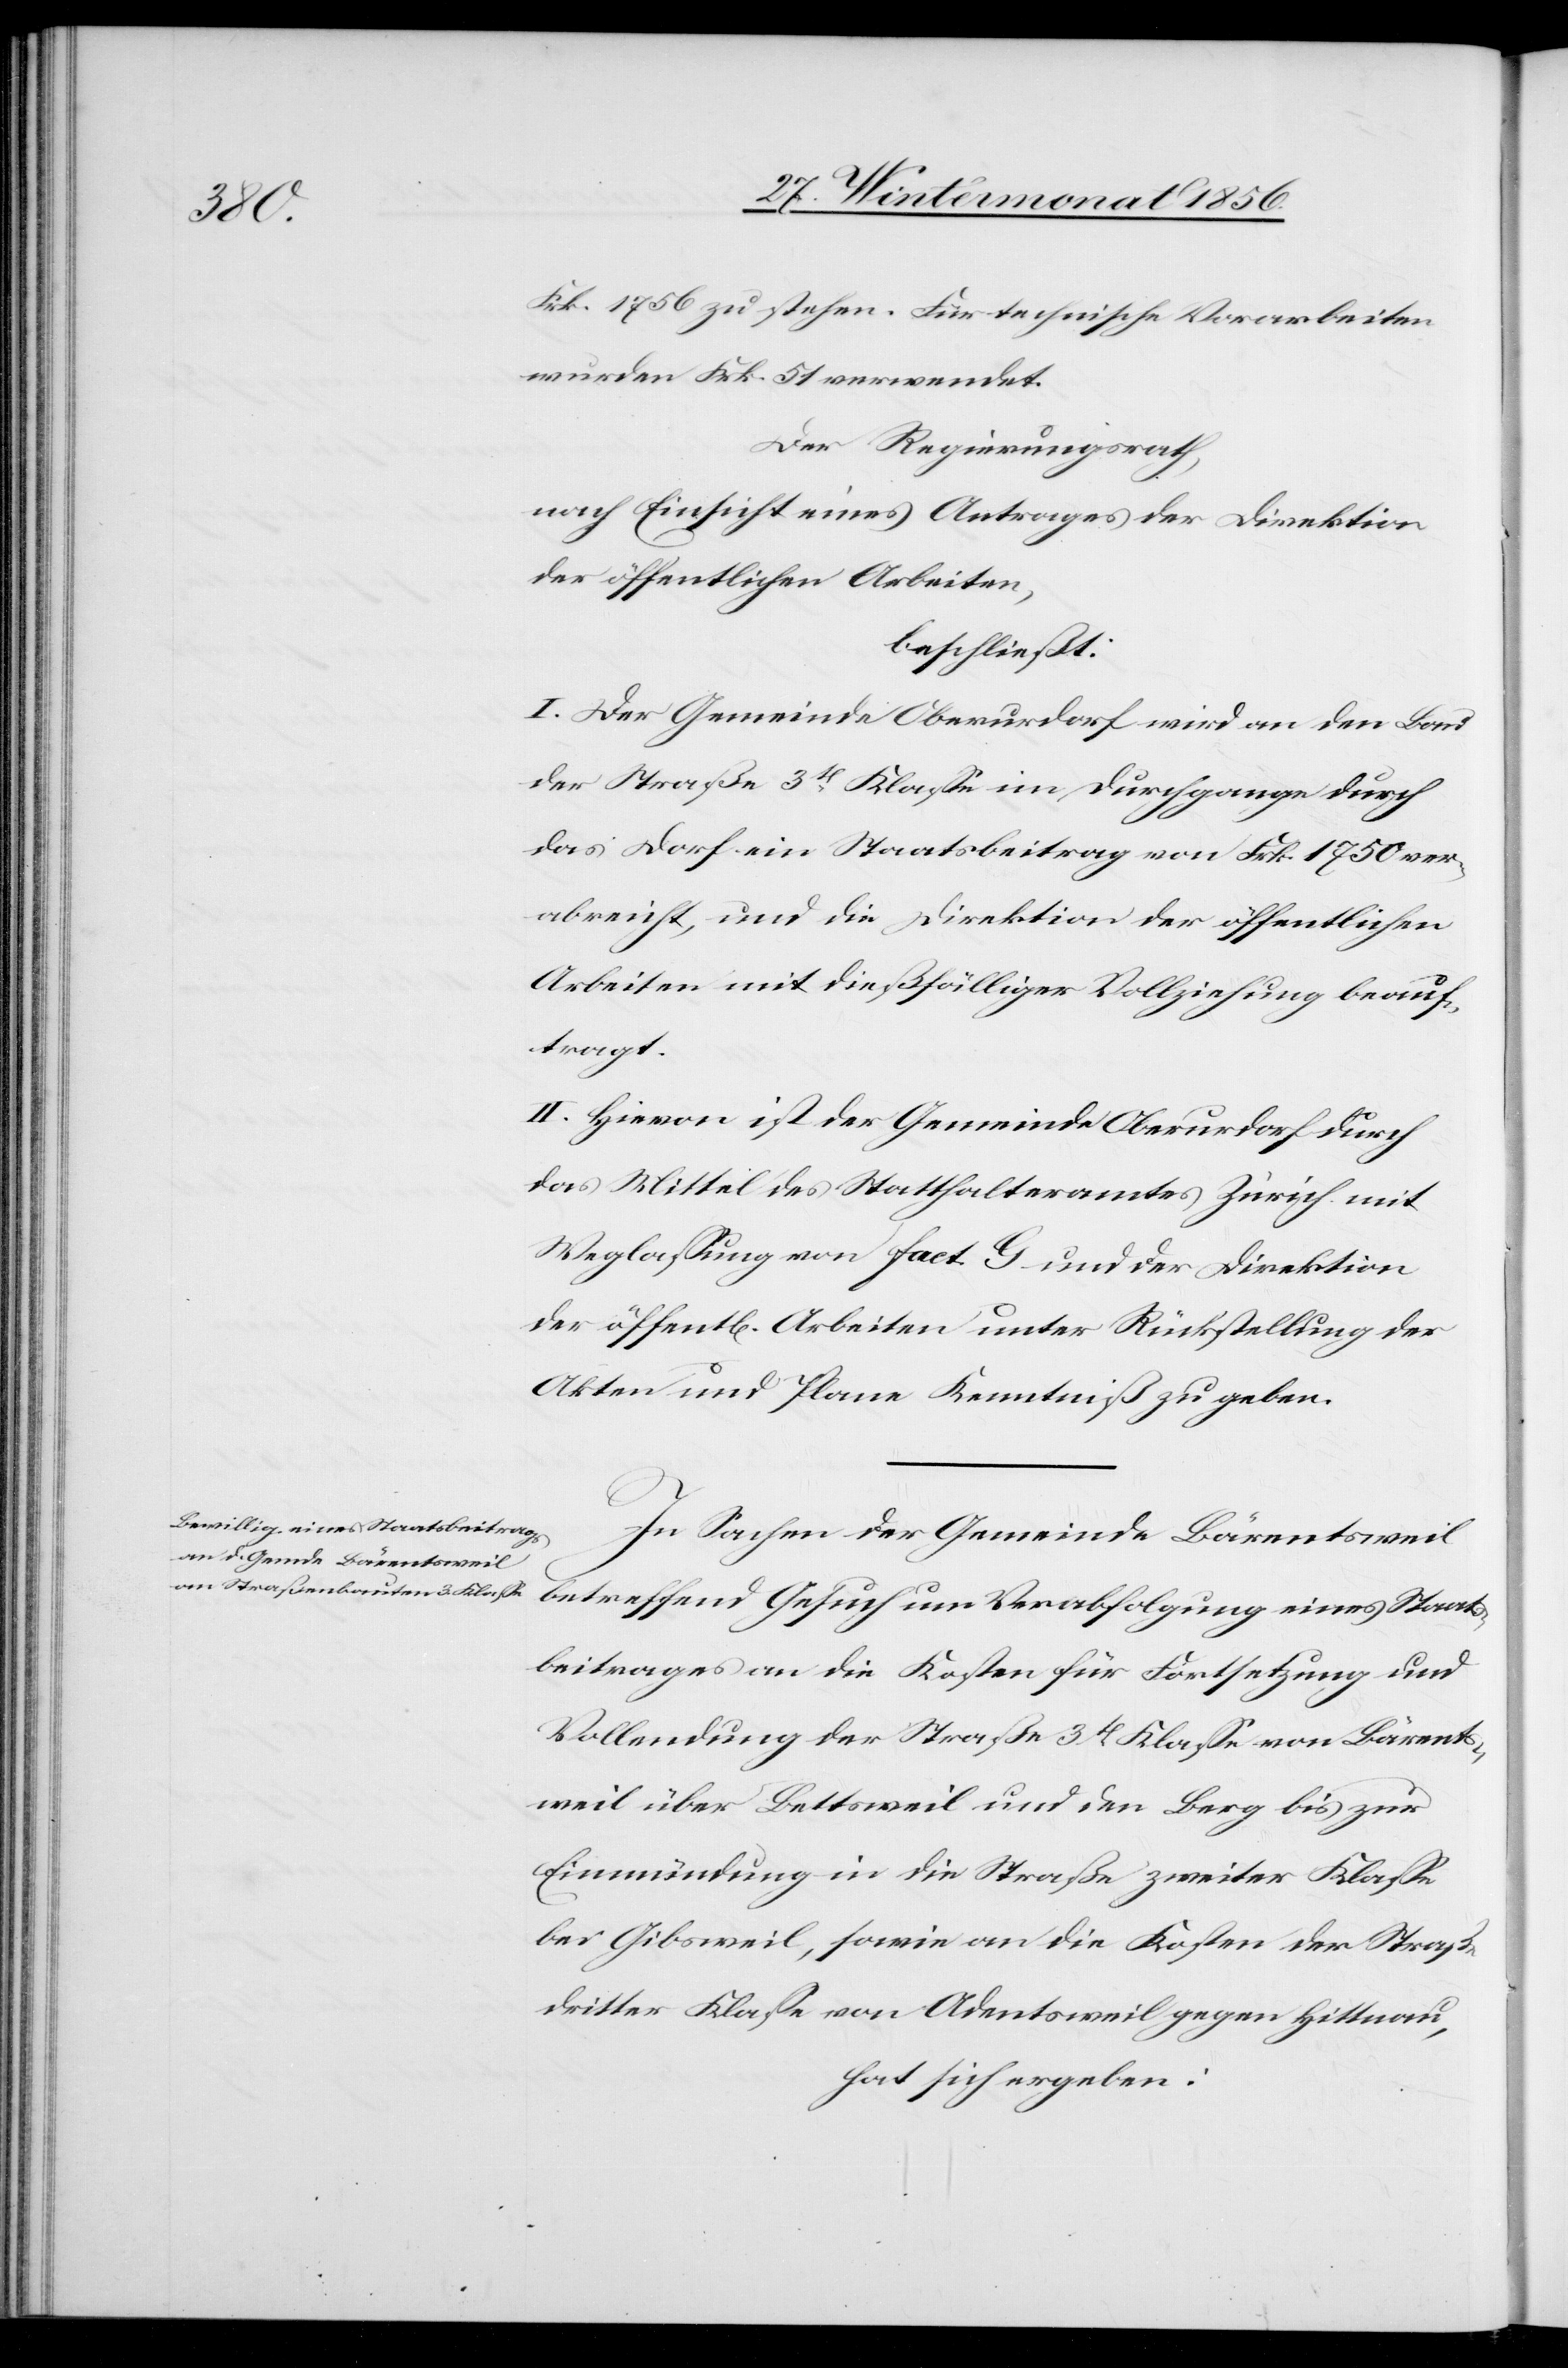
Frk. 1756 zu stehen. Für technische Vorarbeiten
wurden Frk. 51 verwendet.
Der Regierungsrath,
nach Einsicht eines Antrages der Direktion
der öffentlichen Arbeiten,
beschließt:
I. Der Gemeinde Oberurdorf wird an den Bau
der Straße 3t Klasse im Durchgange durch
das Dorf ein Staatsbeitrag von Frk. 1750 ver¬
abreicht, und die Direktion der öffentlichen
Arbeiten mit dießfälliger Vollziehung beauf¬
tragt.
II. Hievon ist der Gemeinde Oberurdorf durch
das Mittel des Statthalteramtes Zürich mit
Weglassung von fact. G und der Direktion
der öffentl[ichen] Arbeiten unter Rückstellung der
Akten und Plane Kenntniß zu geben.
In Sachen der Gemeinde Bärentsweil
betreffend Gesuch um Verabfolgung eines Staats¬
beitrages an die Kosten für Fortsetzung und
Vollendung der Straße 3t Klasse von Bärents¬
weil über Bettsweil und den Berg bis zur
Einmündung in die Straße zweiter Klasse
bei Gibsweil, sowie an die Kosten der Straße
dritter Klasse von Adentsweil gegen Hittnau,
hat sich ergeben: